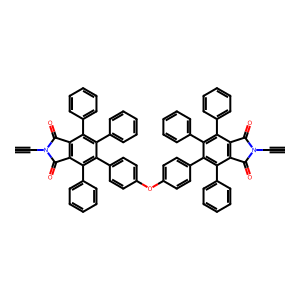
SMILES: C#CN1C(=O)c2c(c(-c3ccccc3)c(-c3ccc(Oc4ccc(-c5c(-c6ccccc6)c6c(c(-c7ccccc7)c5-c5ccccc5)C(=O)N(C#C)C6=O)cc4)cc3)c(-c3ccccc3)c2-c2ccccc2)C1=O
Inhibits HIV replication: No